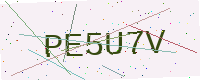
Text: PE5U7V